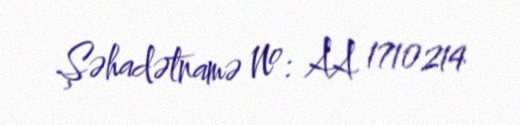
Şəhadətnamə №: AA 1710214